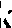
k